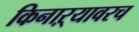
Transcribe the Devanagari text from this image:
किनाऱ्यावरच